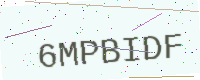
Text: 6MPBIDF